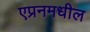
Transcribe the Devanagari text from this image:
एप्रनमधील